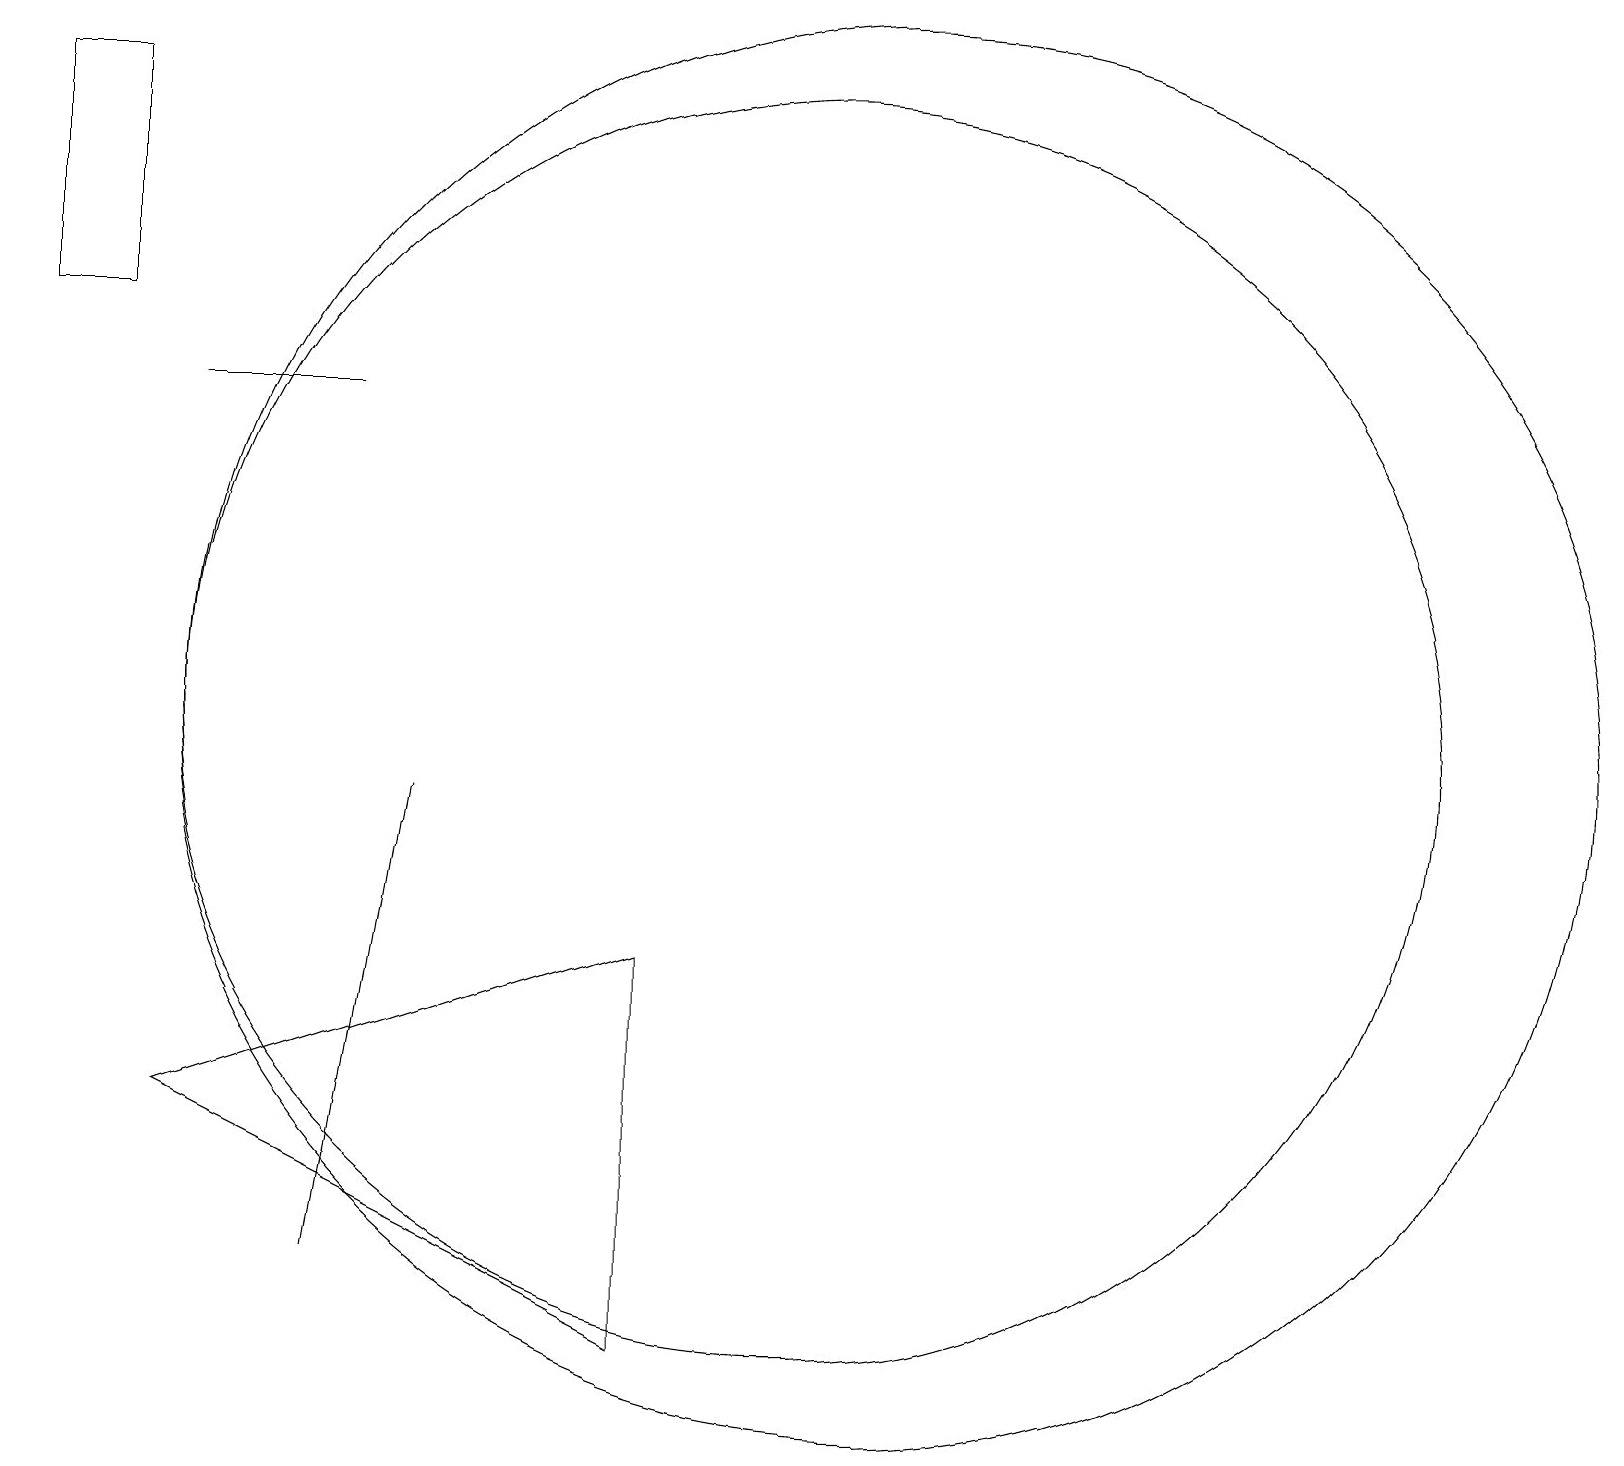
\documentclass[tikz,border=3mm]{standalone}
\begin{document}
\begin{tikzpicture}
\draw (10,10) circle (8);
\draw (4,14) rectangle (2,14);
\draw (8,2) -- (2,5) -- (8,7) -- cycle;
\draw (1,15) rectangle (0,18);
\draw (11,10) circle (9);
\draw (4,3) -- (5,9) -- (5,9) -- cycle;
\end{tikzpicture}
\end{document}